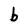
Character: b